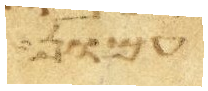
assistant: עמון